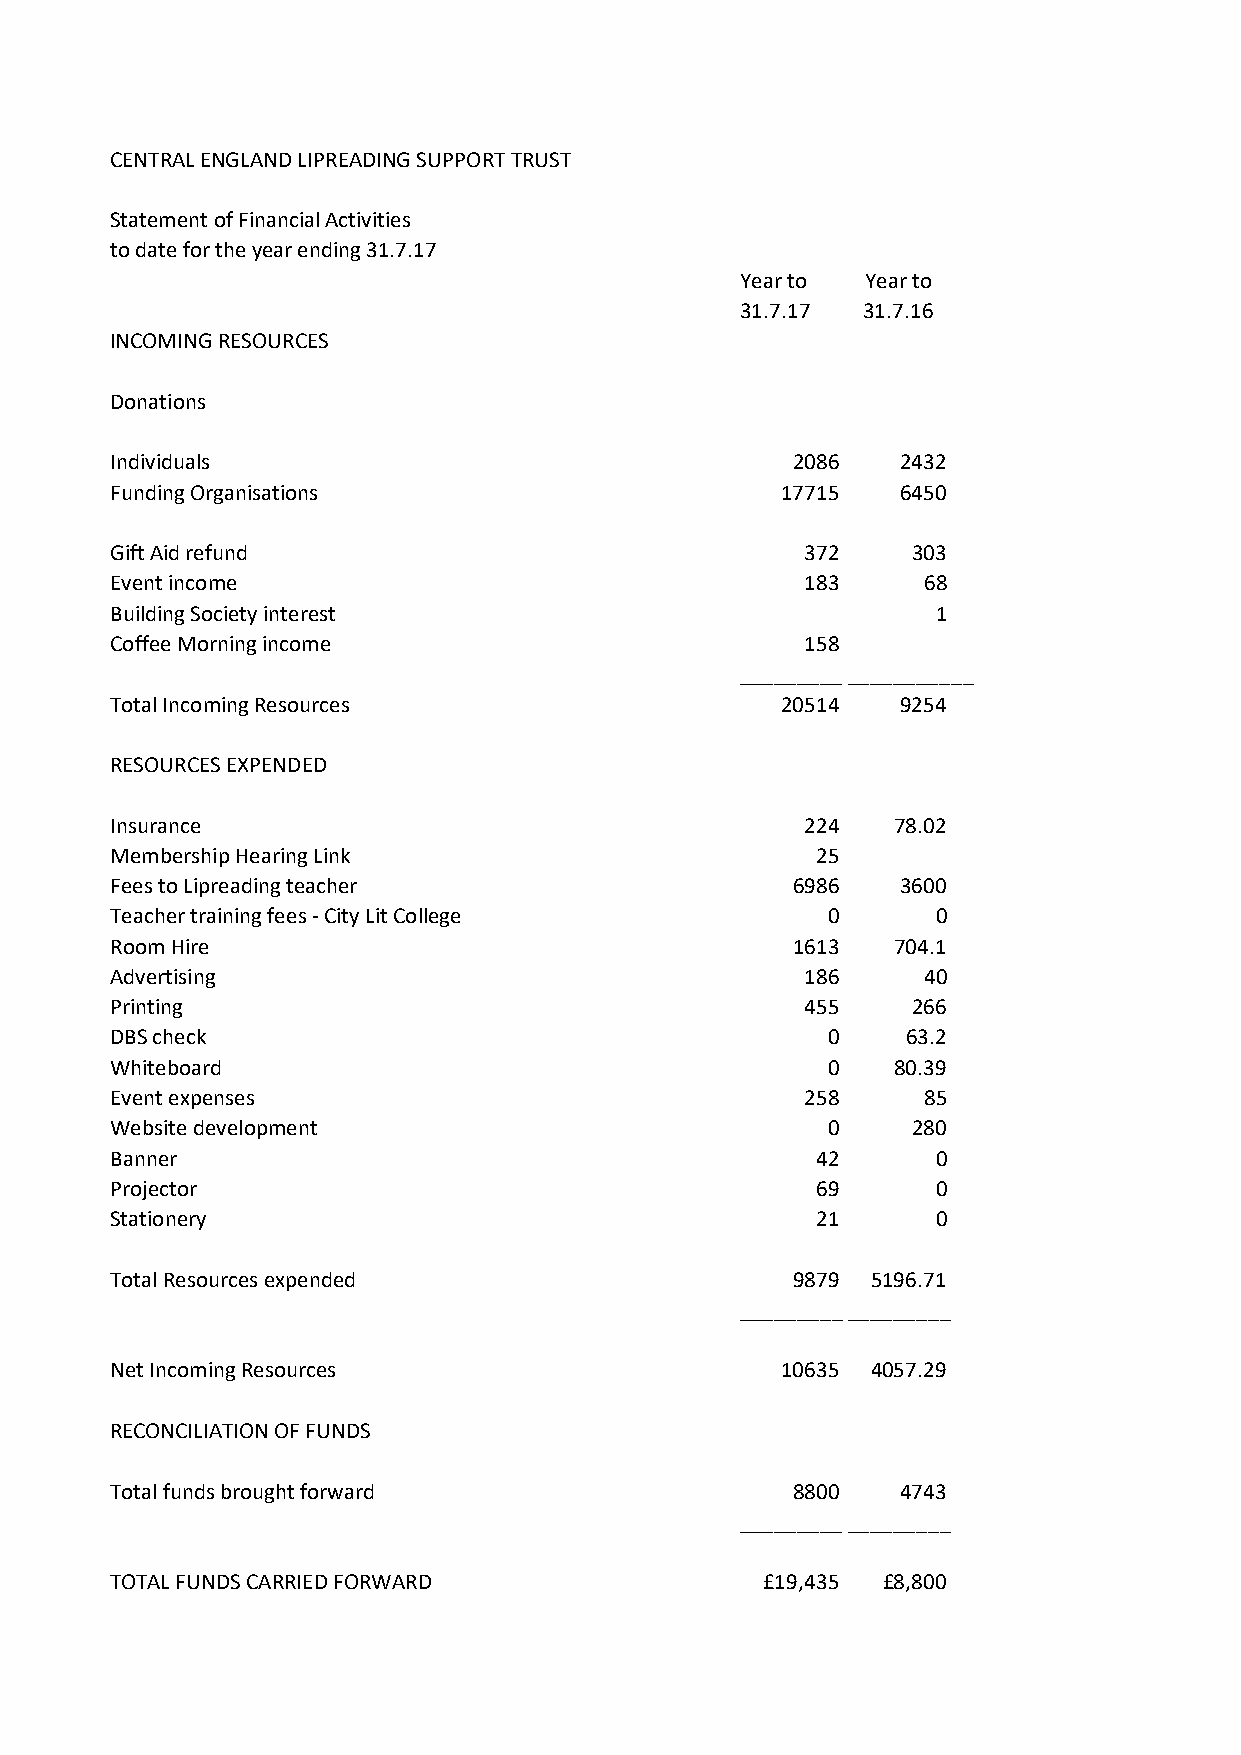
CENTRAL ENGLAND LIPREADING SUPPORT TRUST
 Statement of Financial Activities
 to date for the year ending 31.7.17
 Year to Year to
 31.7.17 31.7.16
 INCOMING RESOURCES
 Donations
 Individuals                                  2086    2432
 Funding Organisations                        17715   6450
 Gift Aid refund                               372    303
 Event income                                  183     68
 Building Society interest                              1
 Coffee Morning income                         158
 ______________________
 Total Incoming Resources                     20514   9254
 RESOURCES EXPENDED
 Insurance                                     224   78.02
 Membership Hearing Link                        25
 Fees to Lipreading teacher                   6986    3600
 Teacher training fees - City Lit College        0      0
 Room Hire                                    1613   704.1
 Advertising                                   186     40
 Printing                                      455    266
 DBS check                                       0    63.2
 Whiteboard                                      0   80.39
 Event expenses                                258     85
 Website development                             0    280
 Banner                                         42      0
 Projector                                      69      0
 Stationery                                     21      0
 Total Resources expended                     9879  5196.71
 __________________
 Net Incoming Resources                       10635 4057.29
 RECONCILIATION OF FUNDS
 Total funds brought forward                  8800    4743
 ____________________
 TOTAL FUNDS CARRIED FORWARD                 £19,435 £8,800